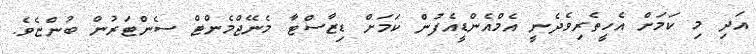
އަދި މި ކަމަށް އެހީތެރިވެދެނީ އެމްއެންޑީއެފުން ކަމަށް ޑިޒާސްޓާ މެނޭޖްމެންޓް ސެންޓަރުން ބުންޏެވެ.